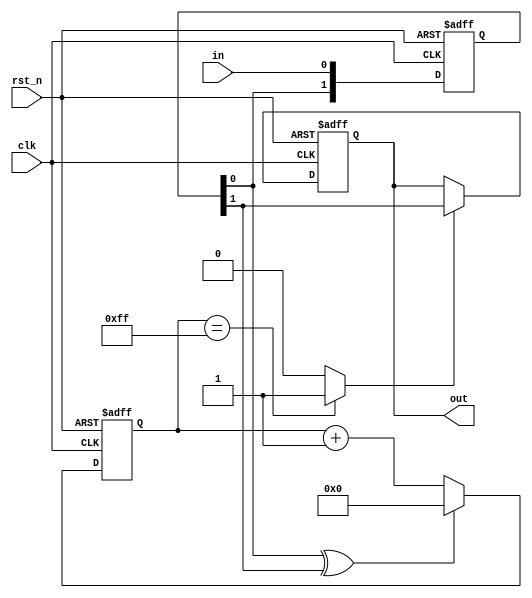
module deb (input clk, input rst_n, input in, output out);

    reg out_next, out_reg;
    reg [1:0] ff_next, ff_reg;
    reg [7:0] cnt_next, cnt_reg;

    assign out = out_reg;
    assign in_changed = ff_reg[0] ^ ff_reg[1];
    assign in_stable = (cnt_reg == 8'hFF) ? 1'b1 : 1'b0;

    always @(posedge clk, negedge rst_n)
        if(!rst_n) begin
            out_reg <= 1'b0;
            ff_reg <= 2'b00;
            cnt_reg <= 8'h00;
        end
        else begin
            out_reg <= out_next;
            ff_reg <= ff_next;
            cnt_reg <= cnt_next;
        end

    always @(*) begin
        ff_next[0] = in;
        ff_next[1] = ff_reg[0];
        cnt_next = in_changed ? 0 : (cnt_reg + 1'b1);
        out_next = in_stable ? ff_reg[1] : out_reg;
    end
    
endmodule